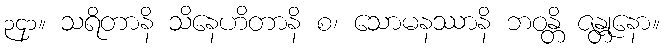
၃၄၁။ သရိတာနိ သိနေဟိတာနိ စ၊ သောမနဿာနိ ဘဝန္တိ ဇန္တုနော။